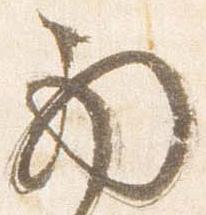
西